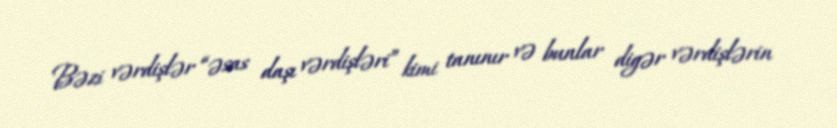
Bəzi vərdişlər “əsas daşı vərdişləri” kimi tanınır və bunlar digər vərdişlərin